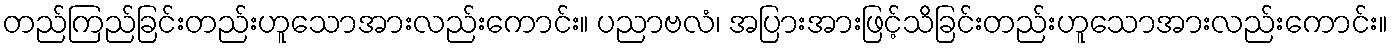
တည်ကြည်ခြင်းတည်းဟူသောအားလည်းကောင်း။ ပညာဗလံ၊ အပြားအားဖြင့်သိခြင်းတည်းဟူသောအားလည်းကောင်း။